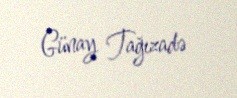
Günay Tağızadə